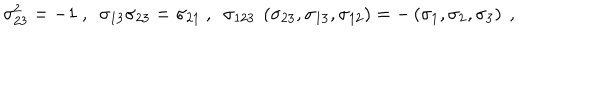
LaTeX: \sigma _ { 2 3 } ^ { 2 } = - 1 ~ , ~ ~ \sigma _ { 1 3 } \sigma _ { 2 3 } = \sigma _ { 2 1 } ~ , ~ ~ \sigma _ { 1 2 3 } ~ \left( \sigma _ { 2 3 } , \sigma _ { 1 3 } , \sigma _ { 1 2 } \right) = - \left( \sigma _ { 1 } , \sigma _ { 2 } , \sigma _ { 3 } \right) ~ ,